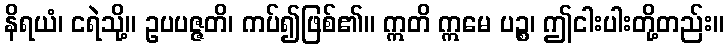
နိရယံ၊ ငရဲသို့။ ဥပပဇ္ဇတိ၊ ကပ်၍ဖြစ်၏။ ဣတိ ဣမေ ပဉ္စ၊ ဤငါးပါးတို့တည်း။